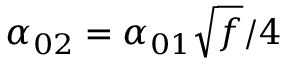
\alpha _ { 0 2 } = \alpha _ { 0 1 } \sqrt { f } / 4